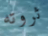
ثروته